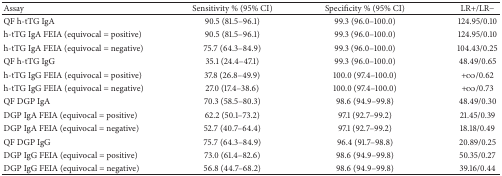
| Assay | Sensitivity % (95% CI) | Specificity % (95% CI) | LR+/LR− |
 | --- | --- | --- | --- |
 | QF h-tTG IgA | 90.5 (81.5–96.1) | 99.3 (96.0–100.0) | 124.95/0.10 |
 | h-tTG IgA FEIA (equivocal = positive) | 90.5 (81.5–96.1) | 99.3 (96.0–100.0) | 124.95/0.10 |
 | h-tTG IgA FEIA (equivocal = negative) | 75.7 (64.3–84.9) | 99.3 (96.0–100.0) | 104.43/0.25 |
 | QF h-tTG IgG | 35.1 (24.4–47.1) | 99.3 (96.0–100.0) | 48.49/0.65 |
 | h-tTG IgG FEIA (equivocal = positive) | 37.8 (26.8–49.9) | 100.0 (97.4–100.0) | +∞/0.62 |
 | h-tTG IgG FEIA (equivocal = negative) | 27.0 (17.4–38.6) | 100.0 (97.4–100.0) | +∞/0.73 |
 | QF DGP IgA | 70.3 (58.5–80.3) | 98.6 (94.9–99.8) | 48.49/0.30 |
 | DGP IgA FEIA (equivocal = positive) | 62.2 (50.1–73.2) | 97.1 (92.7–99.2) | 21.45/0.39 |
 | DGP IgA FEIA (equivocal = negative) | 52.7 (40.7–64.4) | 97.1 (92.7–99.2) | 18.18/0.49 |
 | QF DGP IgG | 75.7 (64.3–84.9) | 96.4 (91.7–98.8) | 20.89/0.25 |
 | DGP IgG FEIA (equivocal = positive) | 73.0 (61.4–82.6) | 98.6 (94.9–99.8) | 50.35/0.27 |
 | DGP IgG FEIA (equivocal = negative) | 56.8 (44.7–68.2) | 98.6 (94.9–99.8) | 39.16/0.44 |